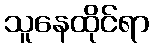
သူနေထိုင်ရာ